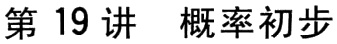
第19讲 概率初步